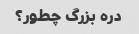
دره بزرگ چطور؟